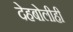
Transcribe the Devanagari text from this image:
देहबोलीही